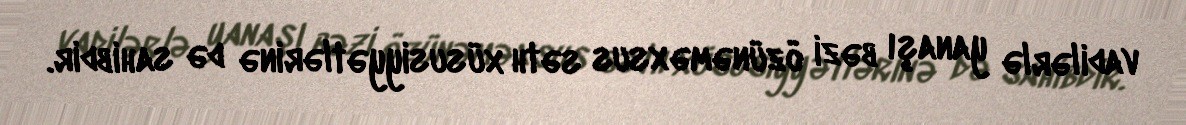
vadilərlə yanaşı bəzi özünəməxsus səth xüsusiyyətlərinə də sahibdir.